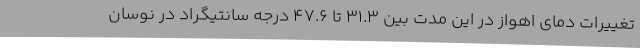
تغییرات دمای اهواز در این مدت بین 31.3 تا 47.6 درجه سانتیگراد در نوسان